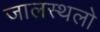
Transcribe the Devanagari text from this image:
जालस्थलो